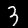
Label: 3